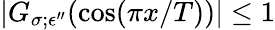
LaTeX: |G_{\sigma;\epsilon^{\prime\prime}}(\cos(\pi x/T))|\le 1